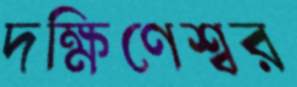
দক্ষিণেশ্বর